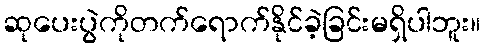
ဆုပေးပွဲကိုတက်ရောက်နိုင်ခဲ့ခြင်းမရှိပါဘူး။